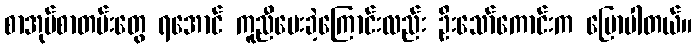
စာအုပ်စာတမ်းတွေ ရအောင် ကူညီပေးခဲ့ကြောင်းလည်း ဦးသော်ကောင်းက ပြောပါတယ်။